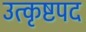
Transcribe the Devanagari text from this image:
उत्कृष्टपद